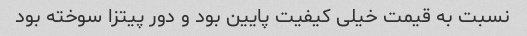
نسبت به قیمت خیلی کیفیت پایین بود و دور پیتزا سوخته بود